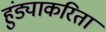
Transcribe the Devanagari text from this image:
हुंड्याकरिता